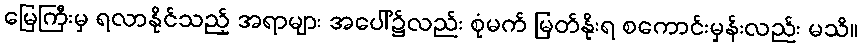
မြေကြီးမှ ရလာနိုင်သည့် အရာများ အပေါ်၌လည်း စုံမက် မြတ်နိုးရ စကောင်းမှန်းလည်း မသိ။